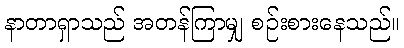
နာတာရှာသည် အတန်ကြာမျှ စဉ်းစားနေသည်။